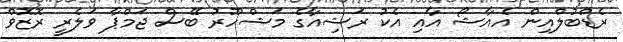
ރެޑްބުލްއިން އެއާޝޯ އާއި އެކު ރަޝިއާގެ މަޝްހޫރު ބޭސް ޖަމްޕާ ވަލެރީ ރޮޒޮވް